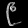
Digit: ၉